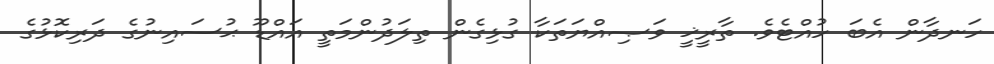
ހަނދާން އެބަ ހުއްޓެވެ. ތާރީޚީ ވަޞިއްޔަތަކާ ގުޅިގެން ތިލަދުންމަތީ އައްޑޫ ޙުސައިނުގެ ދަރިކޮޅުގެ